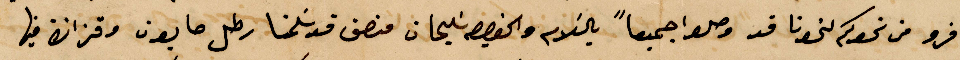
سافرو من نحوكم لنحونا قد وصلوا جميعًا بالسلام والخوري سليمان منصف قد سلمنا رطل صابون وقزاز فيها